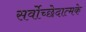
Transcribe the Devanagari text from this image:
सर्वोच्छेदात्मके